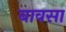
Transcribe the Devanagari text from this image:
बावसा